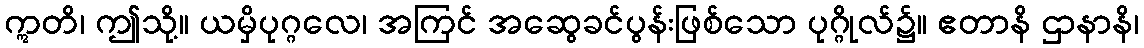
ဣတိ၊ ဤသို့။ ယမှိပုဂ္ဂလေ၊ အကြင် အဆွေခင်ပွန်းဖြစ်သော ပုဂ္ဂိုလ်၌။ ဧတာနိ ဌာနာနိ၊